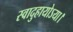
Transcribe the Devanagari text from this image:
स्वादुहायोऽया।